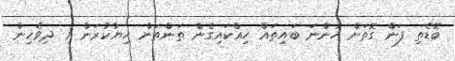
ބޮޑެތި ފަން ގޮތަށް ހުންނަ ބައިތައް ހިއްކައިގެން ތަންތަން ހިޔާކުރަން ( ދިވެހިން